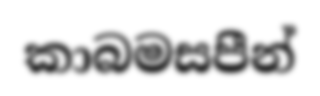
කාබමසපීන්